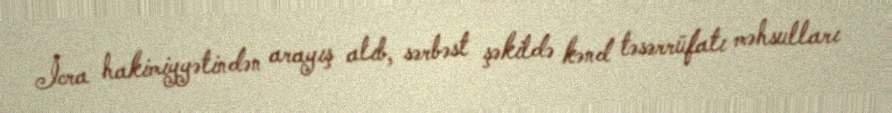
İcra hakimiyyətindən arayış alıb, sərbəst şəkildə kənd təsərrüfatı məhsulları